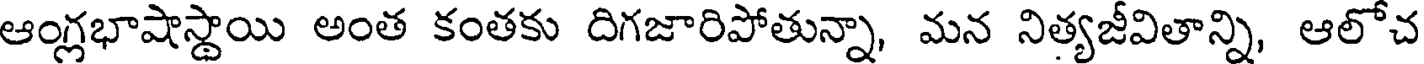
ఆంగ్లభాషాస్థాయి అంత కంతకు దిగజారిపోతున్నా, మన నిత్యజీవితాన్ని, ఆలోచ